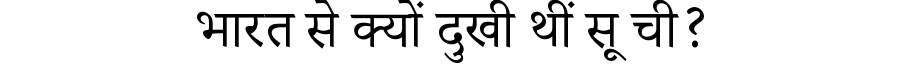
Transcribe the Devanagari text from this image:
भारत से क्यों दुखी थीं सू ची?